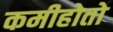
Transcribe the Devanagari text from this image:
कमीहोतो